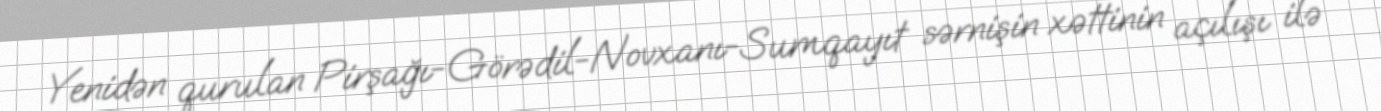
Yenidən qurulan Pirşağı-Görədil-Novxanı-Sumqayıt sərnişin xəttinin açılışı ilə